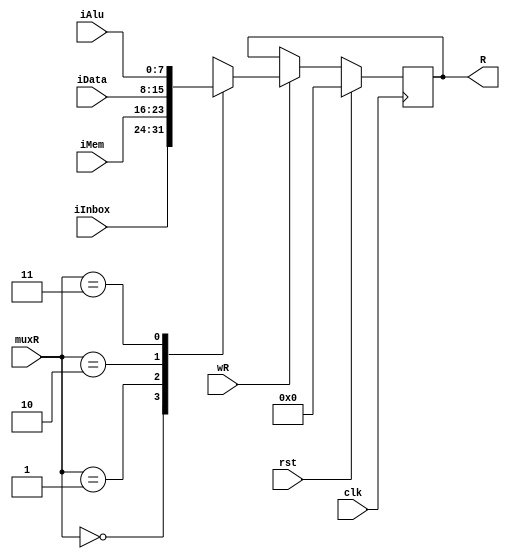
// This program was cloned from: https://github.com/adumont/hrm-cpu
// License: GNU General Public License v3.0

`default_nettype none

module REG (
        input clk,              // clock
        input [7:0] iInbox,
        input [7:0] iAlu,
        input [7:0] iMem,
        input [7:0] iData,
        // control signals
        input wire [1:0] muxR,   // source mux select
        input wR,                // enable signal
        input rst,
        // output: register value
        output reg signed [7:0] R
    );

    initial R = 0;

    always @(posedge clk) begin
        if(rst)
            R <= 8'b0;
        else if(wR)
        begin
            case (muxR)
              2'b00: R <= iInbox;
              2'b01: R <= iMem;
              2'b10: R <= iData;
              2'b11: R <= iAlu;
              default: R <= 8'bx;
            endcase
        end
        else
            R <= R;
    end

`ifndef SYNTHESIS
    always @(R)
       $display("%t DEBUG R=%h", $time, R);
`endif

`ifdef FORMAL

    reg	f_past_valid;
    initial	f_past_valid = 1'b0;
    always @(posedge clk)
        f_past_valid <= 1'b1;

    always @(*) assert( ^R == 1'b0 || ^R == 1'b1 ); // XOR all bits --> no X/Z bits in ^R

`endif

endmodule